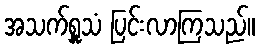
အသက်ရှူသံ ပြင်းလာကြသည်။